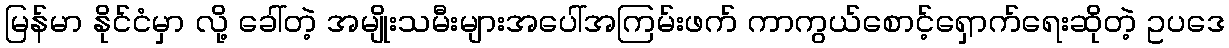
မြန်မာ နိုင်ငံမှာ လို့ ခေါ်တဲ့ အမျိုးသမီးများအပေါ်အကြမ်းဖက် ကာကွယ်စောင့်ရှောက်ရေးဆိုတဲ့ ဥပဒေ